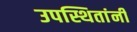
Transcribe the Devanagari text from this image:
उपस्थितांनी